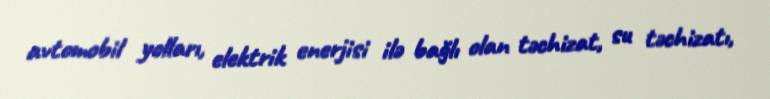
avtomobil yolları, elektrik enerjisi ilə bağlı olan təchizat, su təchizatı,